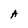
Character: A